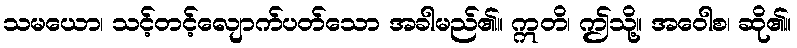
သမယော၊ သင့်တင့်လျောက်ပတ်သော အခါမည်၏။ ဣတိ၊ ဤသို့။ အဝေါစ၊ ဆို၏။